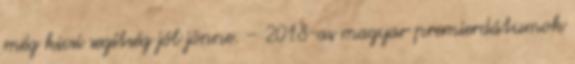
még kicsi segítség jól jönne. – 2018-as magyar premierdátumok